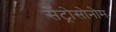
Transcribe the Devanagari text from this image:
सेंट्रोसोनोम